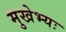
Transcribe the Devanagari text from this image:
मुखेभ्यः